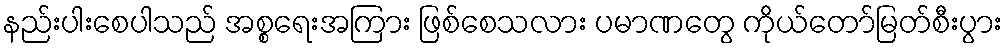
နည်းပါးစေပါသည် အစ္စရေးအကြား ဖြစ်စေသလား ပမာဏတွေ ကိုယ်တော်မြတ်စီးပွား